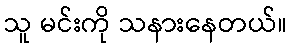
သူ မင်းကို သနားနေတယ်။